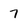
Character: 7